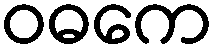
ဝဓကေ